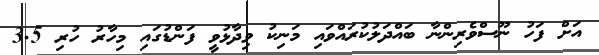
އަށް ފަހު ނޫސްވެރިންނާ ބައްދަލުކުރައްވައި މަނިކު ވިދާޅުވީ ފަންޑުގައި މިހާރު ހުރި 3.5